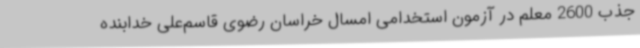
جذب 2600 معلم در آزمون استخدامی امسال خراسان رضوی قاسم‌علی خدابنده